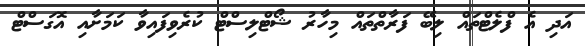
އަދި އެ ފްލެޓްތައް ލިބޭ ފަރާތްތައް މިހާރު ޝޯޓްލިސްޓް ކުރެވިފައިވާ ކަމަށާއި އޮގަސްޓް